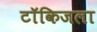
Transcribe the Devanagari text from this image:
टॉकिजला